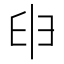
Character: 𦥔